65_HS1-834228961_62-HQ-83894_Section_2
Agency: FBI
Page 2
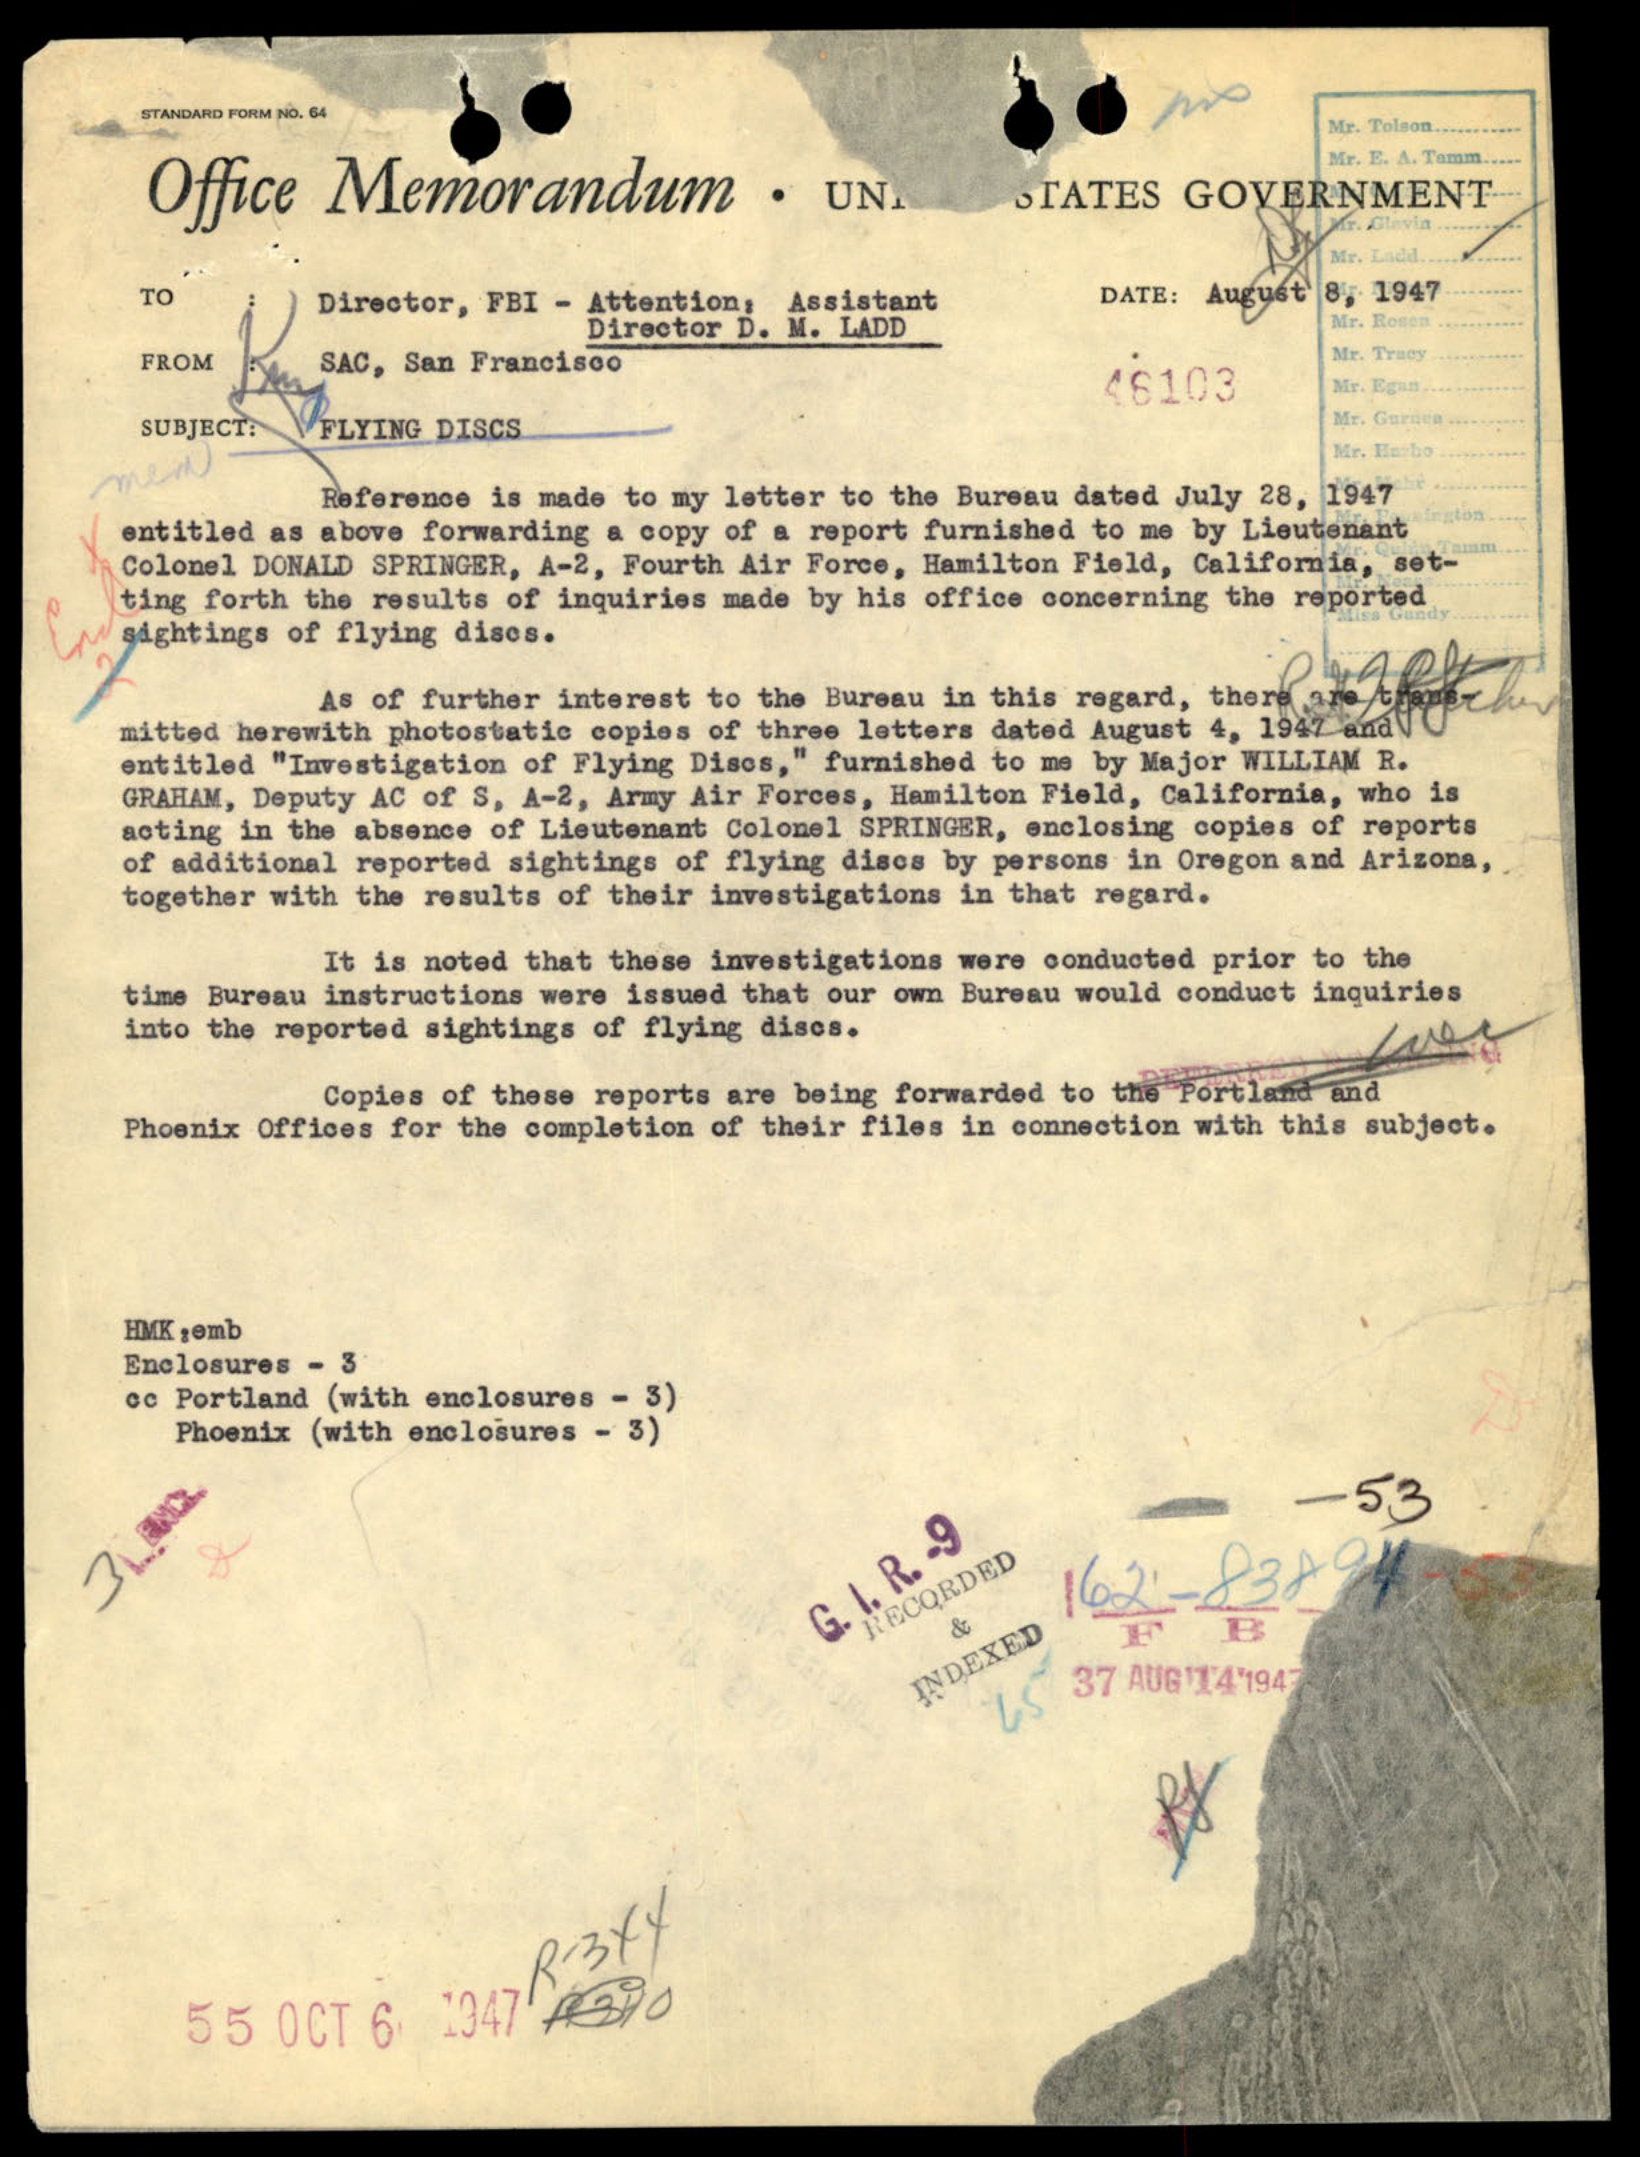